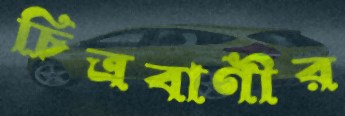
চিত্রবাণীর